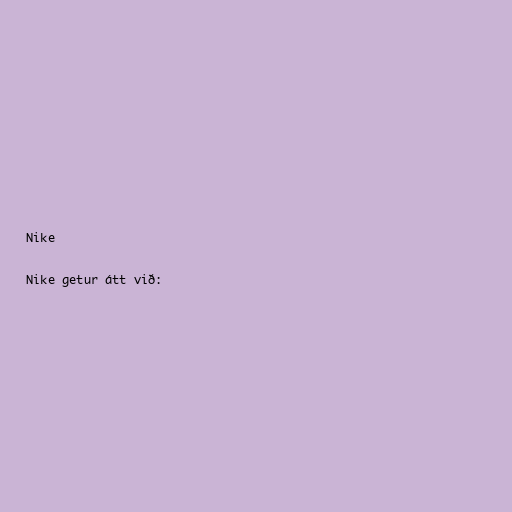
Nike

Nike getur átt við: